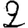
Digit: 2